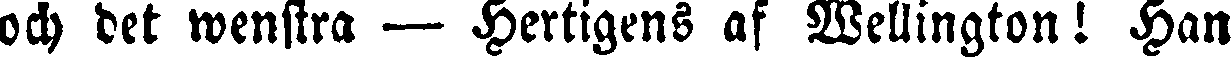
och det wenstra — Hertigens af Wellington! Han